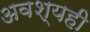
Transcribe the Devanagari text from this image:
अवश्यही